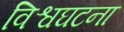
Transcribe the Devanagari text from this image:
विश्वघटना